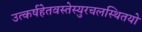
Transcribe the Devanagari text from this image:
उत्कर्षहेतवस्तेस्युरचलस्थितयो